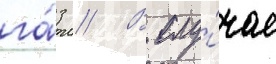
га́з // В слу́чае